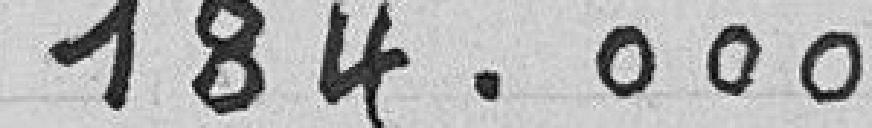
184.000